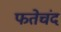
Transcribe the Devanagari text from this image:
फतेचंद